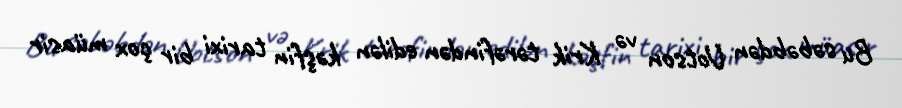
Bu səbəbdən Uotson və Krik tərəfindən edilən kəşfin tarixi bir çox müasir